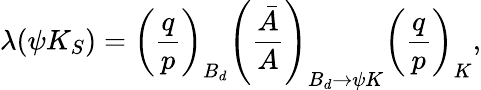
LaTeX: \lambda(\psi K_{S})=\left(\frac{q}{p}\right)_{B_{d}}\left(\frac{\bar{A}}{A}\right)_{B_{d}\rightarrow\psi K}\left(\frac{q}{p}\right)_{K},